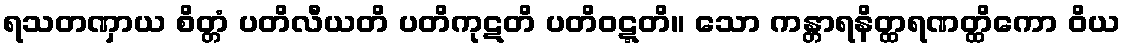
ရသတဏှာယ စိတ္တံ ပတိလီယတိ ပတိကုဋတိ ပတိဝဋ္ဋတိ။ သော ကန္တာရနိတ္ထရဏတ္ထိကော ဝိယ